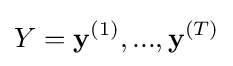
Y=\mathbf {y} ^{(1)},...,\mathbf {y} ^{(T)}